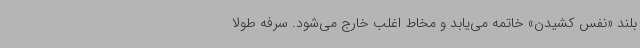
بلند «نفس کشیدن» خاتمه می‌یابد و مخاط اغلب خارج می‌شود. سرفه طولا